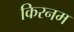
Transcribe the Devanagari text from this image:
किरनम